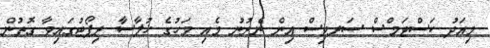
މިއަދު ކަސްޓަމްސް ސަރވިސް އިން ނެރުނު މެއި މަހުގެ ޚުލާސާ ރިޕޯޓުގައިވާ ގޮތުން